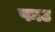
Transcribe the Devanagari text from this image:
फाउ